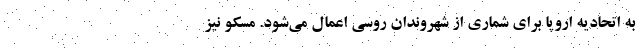
به اتحادیه اروپا برای شماری از شهروندان روسی اعمال می‌شود. مسکو نیز